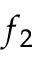
f _ { 2 }